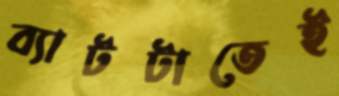
ব্যাটটাতেই